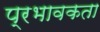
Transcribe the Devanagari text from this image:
प्रभावकता